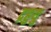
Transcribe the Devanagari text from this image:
द्रहुयु